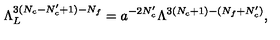
\Lambda _ { L } ^ { 3 ( N _ { c } - N _ { c } ^ { \prime } + 1 ) - N _ { f } } = a ^ { - 2 N _ { c } ^ { \prime } } \Lambda ^ { 3 ( N _ { c } + 1 ) - ( N _ { f } + N _ { c } ^ { \prime } ) } ,